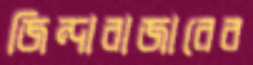
জিন্দাবাজারের